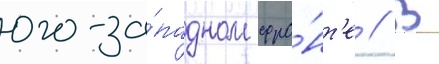
юго-за́падном фро́нт'е // В